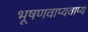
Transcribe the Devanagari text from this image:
भूषणवाप्यवाप्य